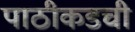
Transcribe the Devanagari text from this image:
पाठीकडची